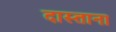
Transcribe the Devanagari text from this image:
दास्ताना